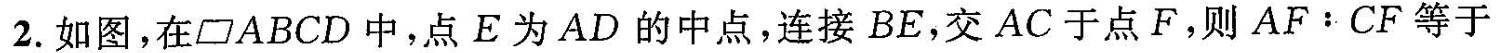
2. 如图，在 ▱ABCD 中，点 E 为 AD 的中点，连接 BE，交 AC 于点 F，则$$A F ： C F$$等于